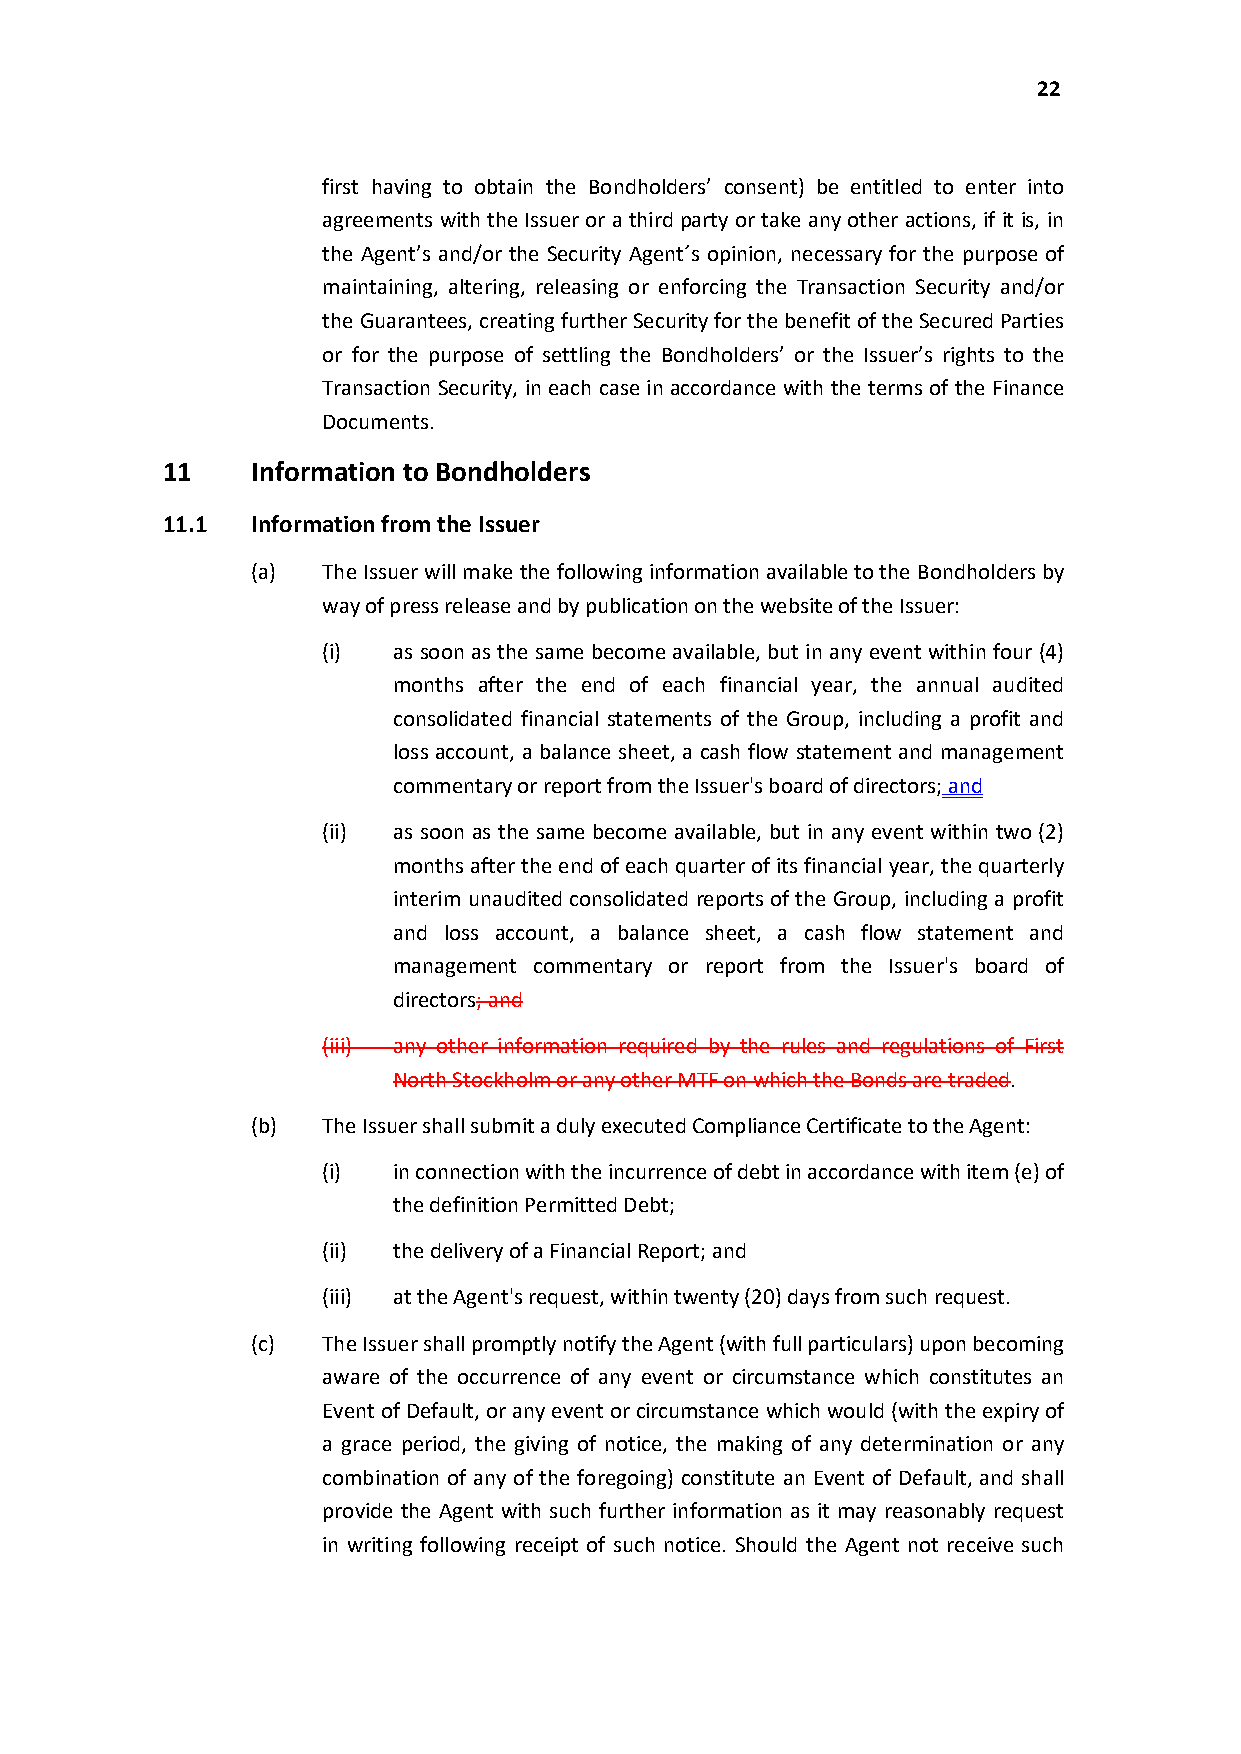
22
 first having to obtain the Bondholders’ consent) be entitled to enter into
 agreements with the Issuer or a third party or take any other actions, if it is, in
 the Agent’s and/or the Security Agent´s opinion, necessary for the purpose of
 maintaining, altering, releasing or enforcing the Transaction Security and/or
 the Guarantees, creating further Security for the benefit of the Secured Parties
 or for the purpose of settling the Bondholders’ or the Issuer’s rights to the
 Transaction Security, in each case in accordance with the terms of the Finance
 Documents.
 11    Information to Bondholders
 11.1  Information from the Issuer
 (a) The Issuer will make the following information available to the Bondholders by
 way of press release and by publication on the website of the Issuer:
 (i)  as soon as the same become available, but in any event within four (4)
 months after the end of each financial year, the annual audited
 consolidated financial statements of the Group, including a profit and
 loss account, a balance sheet, a cash flow statement and management
 commentary or report from the Issuer's board of directors;and
 (ii) as soon as the same become available, but in any event within two (2)
 months after the end of each quarter of its financial year, the quarterly
 interim unaudited consolidated reports of the Group, including a profit
 and loss account, a balance sheet, a cash flow statement and
 management commentary or report from the Issuer's board of
 directors; and
 (iii) any other information required by the rules and regulations of First
 North Stockholm or any other MTFon which the Bonds are traded.
 (b) The Issuer shall submit a duly executed Compliance Certificate to the Agent:
 (i)  in connection with the incurrence of debt in accordance with item (e) of
 the definition Permitted Debt;
 (ii) the delivery of a Financial Report; and
 (iii) at the Agent's request, within twenty (20) days from such request.
 (c) The Issuer shall promptly notify the Agent (with full particulars) upon becoming
 aware of the occurrence of any event or circumstance which constitutes an
 Event of Default, or any event or circumstance which would (with the expiry of
 a grace period, the giving of notice, the making of any determination or any
 combination of any of the foregoing) constitute an Event of Default, and shall
 provide the Agent with such further information as it may reasonably request
 in writing following receipt of such notice. Should the Agent not receive such